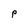
Character: p